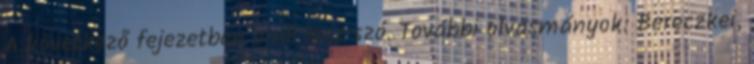
A következő fejezetben erről lesz szó. További olvasmányok: Bereczkei,